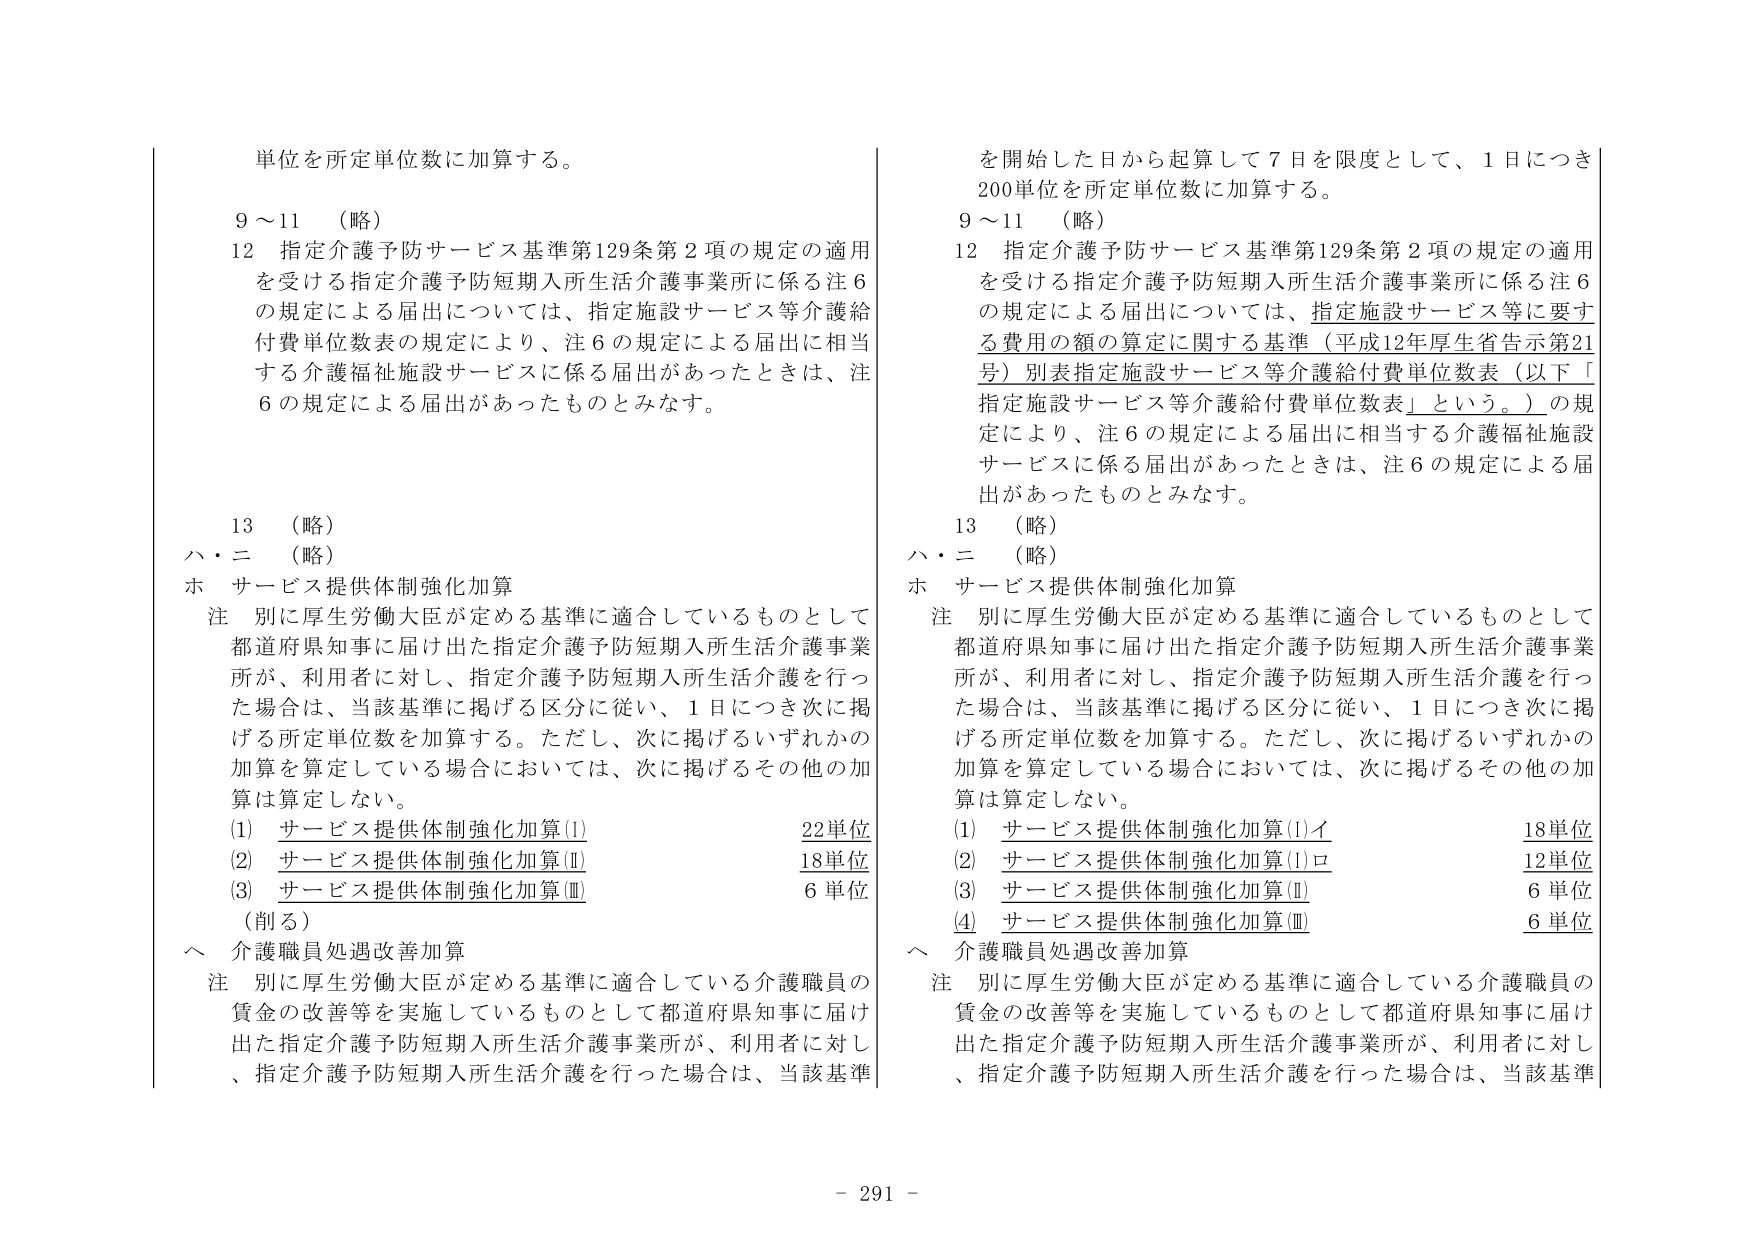
単位を所定単位数に加算する。

9～11 （略）

12 指定介護予防サービス基準第129条第2項の規定の適用
を受ける指定介護予防短期入所生活介護事業所に係る注6
の規定による届出については、指定施設サービス等介護給
付費単位数表の規定により、注6の規定による届出に相当
する介護福祉施設サービスに係る届出があったときは、注
6の規定による届出があったものとみなす。

13 （略）

ハ・ニ （略）

ホ サービス提供体制強化加算

注 別に厚生労働大臣が定める基準に適合しているものとして
都道府県知事に届け出た指定介護予防短期入所生活介護事業
所が、利用者に対し、指定介護予防短期入所生活介護を行っ
た場合は、当該基準に掲げる区分に従い、1日につき次に掲
げる所定単位数を加算する。ただし、次に掲げるいずれかの
加算を算定している場合においては、次に掲げるその他の加
算は算定しない。

(1) サービス提供体制強化加算(Ⅰ) 22単位
(2) サービス提供体制強化加算(Ⅱ) 18単位
(3) サービス提供体制強化加算(Ⅲ) 6単位

（削る）

ヘ 介護職員処遇改善加算

注 別に厚生労働大臣が定める基準に適合している介護職員の
賃金の改善等を実施しているものとして都道府県知事に届け
出た指定介護予防短期入所生活介護事業所が、利用者に対し
、指定介護予防短期入所生活介護を行った場合は、当該基準

を開始した日から起算して7日を限度として、1日につき
200単位を所定単位数に加算する。

9～11 （略）

12 指定介護予防サービス基準第129条第2項の規定の適用
を受ける指定介護予防短期入所生活介護事業所に係る注6
の規定による届出については、指定施設サービス等に要す
る費用の額の算定に関する基準（平成12年厚生省告示第21
号）別表指定施設サービス等介護給付費単位数表（以下「
指定施設サービス等介護給付費単位数表」という。）の規
定により、注6の規定による届出に相当する介護福祉施設
サービスに係る届出があったときは、注6の規定による届
出があったものとみなす。

13 （略）

ハ・ニ （略）

ホ サービス提供体制強化加算

注 別に厚生労働大臣が定める基準に適合しているものとして
都道府県知事に届け出た指定介護予防短期入所生活介護事業
所が、利用者に対し、指定介護予防短期入所生活介護を行っ
た場合は、当該基準に掲げる区分に従い、1日につき次に掲
げる所定単位数を加算する。ただし、次に掲げるいずれかの
加算を算定している場合においては、次に掲げるその他の加
算は算定しない。

(1) サービス提供体制強化加算(Ⅰ)イ 18単位
(2) サービス提供体制強化加算(Ⅰ)ロ 12単位
(3) サービス提供体制強化加算(Ⅱ) 6単位
(4) サービス提供体制強化加算(Ⅲ) 6単位

ヘ 介護職員処遇改善加算

注 別に厚生労働大臣が定める基準に適合している介護職員の
賃金の改善等を実施しているものとして都道府県知事に届け
出た指定介護予防短期入所生活介護事業所が、利用者に対し
、指定介護予防短期入所生活介護を行った場合は、当該基準

- 291 -